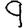
Digit: 9